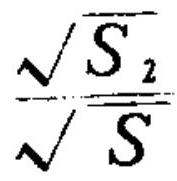
$\frac{\sqrt{S_{2}}}{\sqrt{S}}$